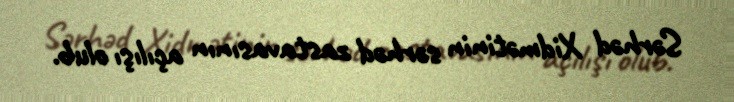
Sərhəd Xidmətinin sərhəd zastavasının açılışı olub.